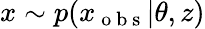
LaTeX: x\sim p(x_{\mathrm{~o~b~s~}}|\theta,z)